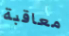
معاقبة